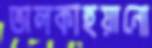
তালকাহুয়ানো